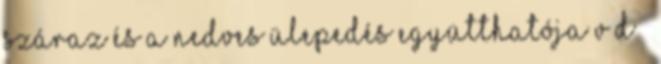
száraz és a nedves ülepedés együtthatója v d –